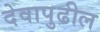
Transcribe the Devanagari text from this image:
देवापुढील